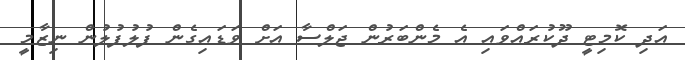
އަދި ކޮމިޓީ ދޫކުރައްވައި އެ މެންބަރުން ޖަލްސާ އަށް ވަޑައިގެން ފުލުފުލުން ނިޒާމީ